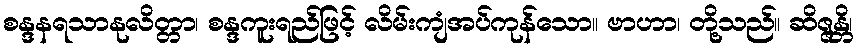
စန္ဒနရသာနုလိတ္တာ၊ စန္ဒကူးရည်ဖြင့် လိမ်းကျံအပ်ကုန်သော။ ဗာဟာ၊ တို့သည်။ ဆိဇ္ဇန္တိ၊